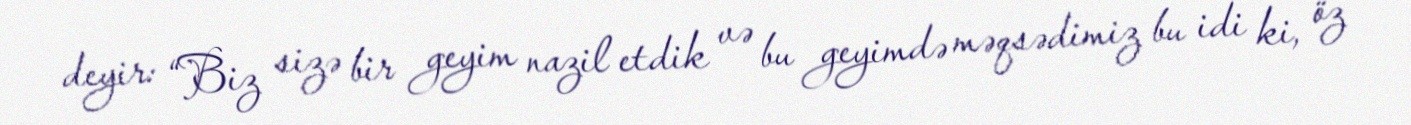
deyir: “Biz sizə bir geyim nazil etdik və bu geyimdə məqsədimiz bu idi ki, öz